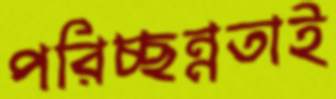
পরিচ্ছন্নতাই